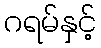
ဂရမ်နှင့်